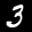
Label: 3